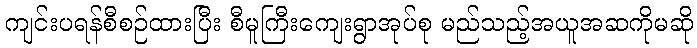
ကျင်းပရန်စီစဉ်ထားပြီး စီမူကြီးကျေးရွာအုပ်စု မည်သည့်အယူအဆကိုမဆို